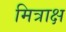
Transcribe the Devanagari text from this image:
मित्राक्ष